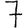
Digit: 7